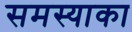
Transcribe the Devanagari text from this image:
समस्याका